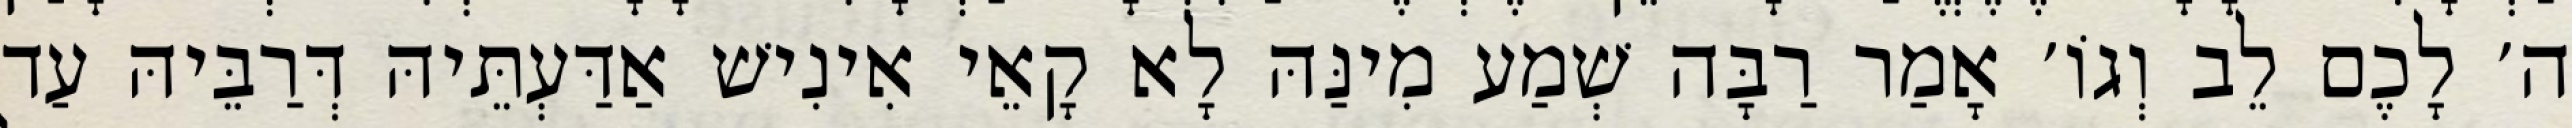
ה׳ לָכֶם לֵב וְגוֹ׳ אָמַר רַבָּה שְׁמַע מִינַּהּ לָא קָאֵי אִינִישׁ אַדַּעְתֵּיהּ דְּרַבֵּיהּ עַד